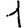
Digit: 1